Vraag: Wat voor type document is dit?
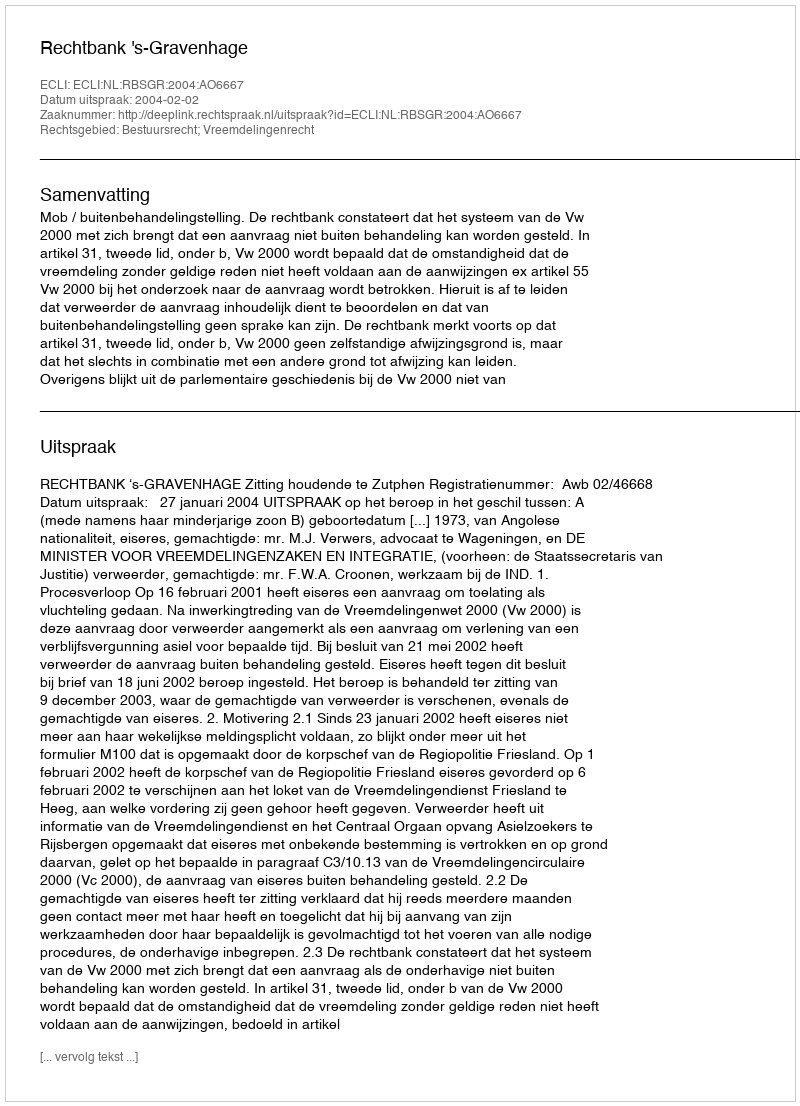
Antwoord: Uitspraak